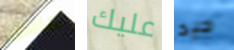
عامل عليك جيد